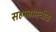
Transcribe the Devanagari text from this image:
सहमहामन्त्रीके